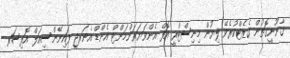
ޤާނޫނީގޮތުން ގެޒެޓްކުރެވޭ ލިޔުން މިނިސްޓްރީ އޮފް އެންވަޔަރަންމަންޓް އެންޑް އެނަރޖީ ފައިނޭންސިއަލް އޮފިސަރ